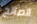
الصالح